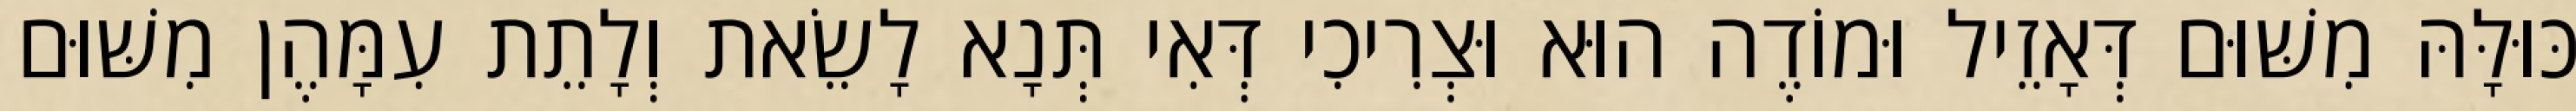
כּוּלָּהּ מִשּׁוּם דְּאָזֵיל וּמוֹדֶה הוּא וּצְרִיכִי דְּאִי תְּנָא לָשֵׂאת וְלָתֵת עִמָּהֶן מִשּׁוּם